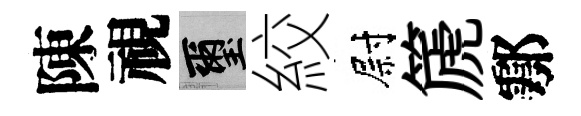
陳視璽絞尉篪鄠